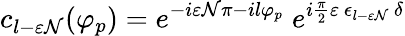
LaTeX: c_{l-\varepsilon\mathcal{N}}(\varphi_{p})=e^{-i\varepsilon\mathcal{N}\pi-il\varphi_{p}}\; e^{i{\frac{{\pi}}{{2}}}\varepsilon\, \epsilon_{l-\varepsilon\mathcal{N}}\, \delta}